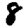
Digit: 8